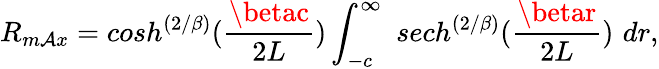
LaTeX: R_{m\mathcal{A}x}=cosh^{\left({2/\beta}\right)}({\frac{{\betac}}{{2L}}})\int_{-c}^{\infty}\, \, sech^{\left({2/\beta}\right)}({\frac{{\betar}}{{2L}}})\, \, dr,